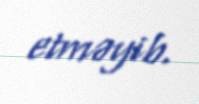
etməyib.